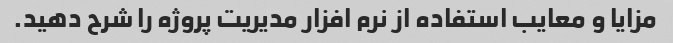
مزایا و معایب استفاده از نرم افزار مدیریت پروژه را شرح دهید.